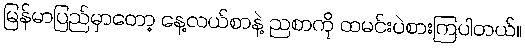
မြန်မာပြည်မှာတော့ နေ့လယ်စာနဲ့ ညစာကို ထမင်းပဲစားကြပါတယ်။